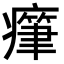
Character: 𤺭